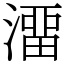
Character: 澑